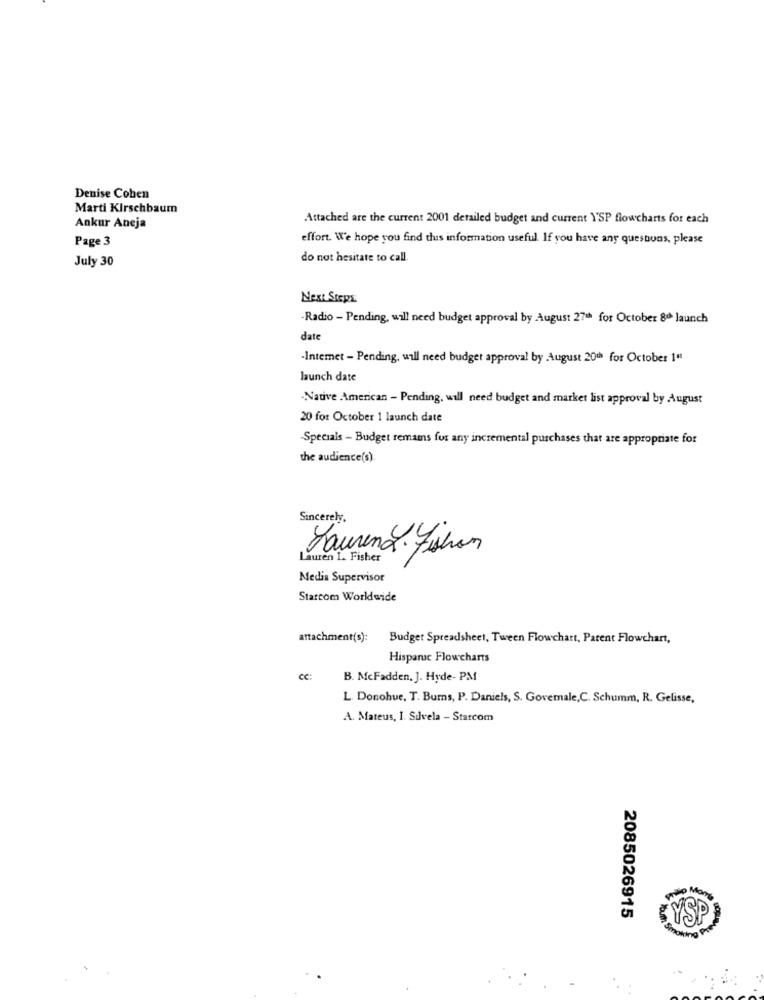
Denise Coben
Marti Kirschbaum
Attached are the current 2001 detailed budget and current Y'SP flowcharts for each
Ankur Aneja
Page 3
effort. We hope you find this information useful. If you have any questions, please
July 30
do not hesitate to call.
Next Steps
-Radio - Pending, will need budget approval by August 27th for October 8ª launch
date
-Intemet - Pending, will need budget approval by August 20th for October 1"
launch date
-Native American - Pending, will need budget and market list approval by August
20 for October 1 launch date
-Specials - Budget remains for any incremental purchases that are appropriate for
the audience(s)
Sincerely.
Laurena. Fishon
Lauren L. Fisher
Medis Supervisor
Starcom Worldwide
attachment(s):
Budget Spreadsheet, Tween Flowchart, Parent Flowchart,
Hisparuc Flowcharts
cc:
B. McFadden, J. Hyde- PM
L. Donohue, T. Burns, P. Daniels, S. Governale,C. Schumm, R. Gelisse,
A. Mateus, I. Silvela - Starcom
2085026915
KYSP